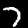
Label: 7